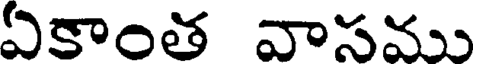
ఏకాంత వాసము